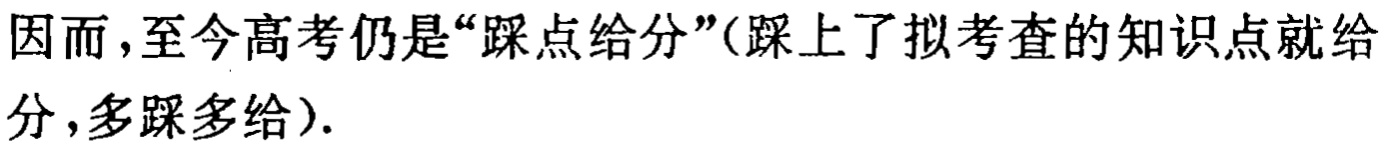
因而，至今高考仍是“踩点给分”(踩上了拟考查的知识点就给分,多踩多给).